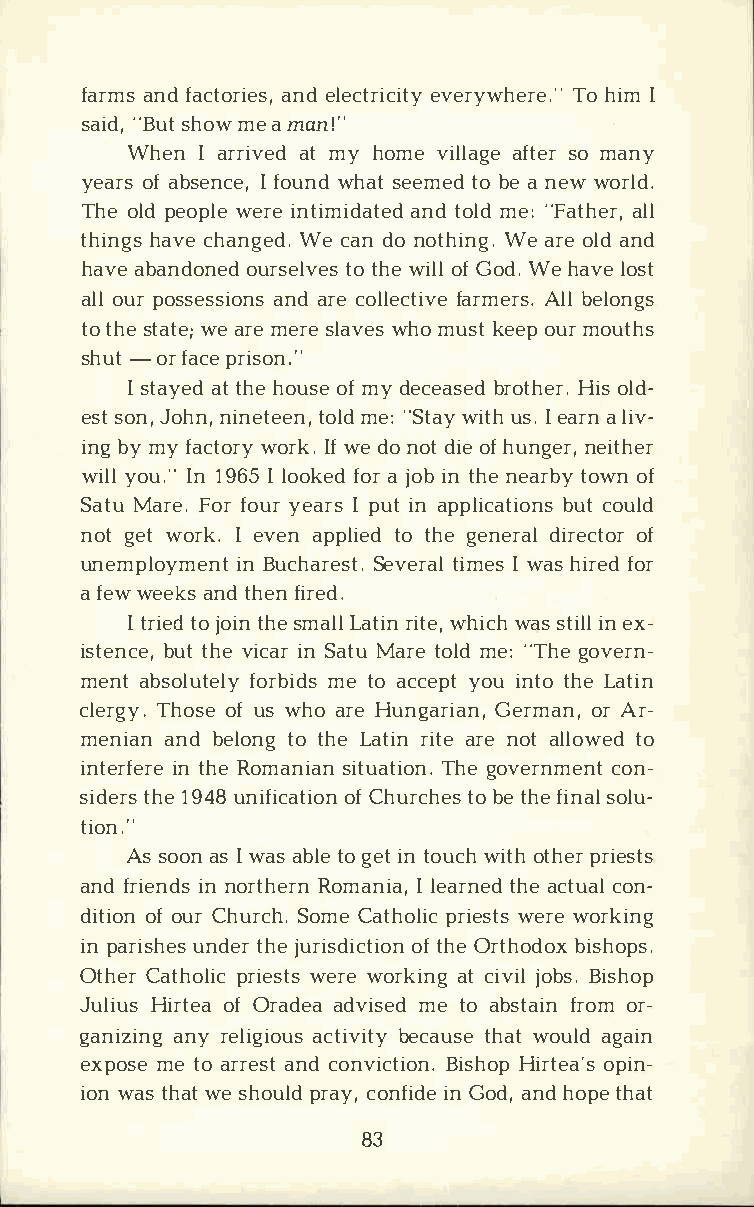
faramnsfd a ctoarniedel se,c terviecriytwyh Teohr iemI. "
 sai"dB,us th omwe a m an!"
 WhenI a rriavtem dy h omvei llaafgtese orm any
 yeaorfas b senIfc oeu,wn hda ste emteobd e a n eww orld.
 Theo lpde opwleeri en timiadnatdto elmdde :" Fatahlelr ,
 thinhgasvc eh angWeedc .a dno n othiWneag r.oe l adn d
 havaeb andoonuerds etlotv hewesi olflG odW.e h avleo st
 alolu pro ssesasnidao rnceso llefcatrimveAerl bsle. l ongs
 tot hset awteea ;rm ee rsel awvheosm uskte eopu mro uths
 shu-to rf acper ison."
 Is tayaettd h heo uosfem yd eceabsreodt Hhieosrl .d ­
 essto nJ,o hnni,n etteoemlned,": S twaiytu hsI .e arlni va­
 inbgy m yf actwoorryIk wf.e d on odti oefh ungneeri,t her
 wiylolu I.n"1 96Il5 o okfeoadrj oibnt hnee arbyo ft own
 SatMua rFeo.f ro ur Iyp euaitrn as p plicbautctio ounlsd
 notg ewto rkIe. veanp pltioet dh gee nedriarle ocft or
 unemployimnBe uncth arSeesvtet.ri amlIew sa sh irfeodr
 af ewwe ekasnt dh efni r.e d
 It riteojd o tihnse m aLlalt riintw eh,iw cahss t iinle lx ­
 istebnuctteh ,ve i cianSr a tMua rteo lmde :" Thgeo vern­
 menatb solutelmye  t foao crcbeyipodtuis n ttoh Lea tin
 clergy.o   fuT shw ohsoae r Heu ngarian,o rAG re­rman,
 meniaannd b elotnotg h Lea triinta ern eo atl lotwoe d
 interifnte hrReeo mansiiatnu aTthiego onv.e rncmoenn­t
 sidtehr1es9 4u8n ificoafCt hiuornct hobe ets h fei nsaoll u­
 tion."
 Ass ooansI w aasb lteog eitn twoiutcohht hperri ests
 anfdr ieinnnd osr thReormna nIil ae,a rtnheaedc tcuoanl­
 ditoifoo nu Crh urch.C aStohmpoerl iiecws etrwseo rking
 inp ariusnhdeteshr je u risdoiftc htOeir otnh obdiosxh ops.
 OtheCra thoplriicew setrwseo rkiantcg i vjiolbB si.s hop
 JuliHuisr toefOa r adaedav imseet do a bstfarionom r ­
 ganizainnyrg e ligaicotuisbv eictaytu hsaewt o uladg ain
 expomseet oa rraensdct o nvictioHni.r tBoeipasi·hnso­ p
 iowna sth awtes houplrda y, cionG nofdai,nd hdeo pteh at
 83